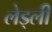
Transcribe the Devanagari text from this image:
लेड्ली